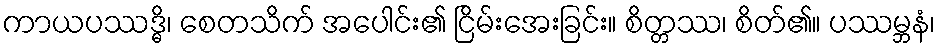
ကာယပဿဒ္ဓိ၊ စေတသိက် အပေါင်း၏ ငြိမ်းအေးခြင်း။ စိတ္တဿ၊ စိတ်၏။ ပဿမ္ဘနံ၊